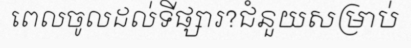
ពេលចូលដល់ទីផ្សារ?ជំនួយសម្រាប់